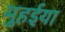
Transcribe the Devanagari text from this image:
मुहईया